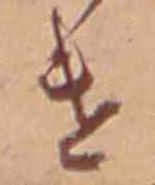
け